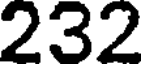
232